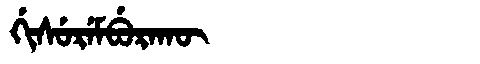
Manchu: ᡤᡳᠰᡠᡵᡝᠮᠪᡠᡵᠠᡴᡡ
Romanization: GISUREMBURAKŪ